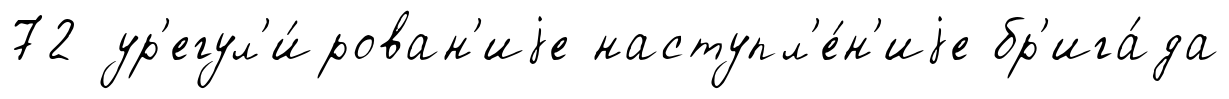
72 ур'егул'и́рован'иjе наступл'е́н'иjе бр'ига́да